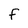
Character: F